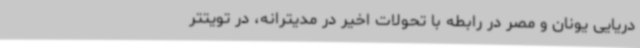
دریایی یونان و مصر در رابطه با تحولات اخیر در مدیترانه، در تویتتر